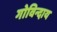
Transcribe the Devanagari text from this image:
गोविन्दाय